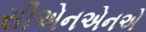
સીએનએનએ